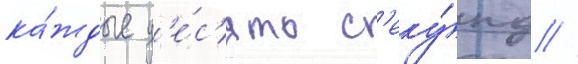
ка́ждые д'е́с'ять с'еку́нд //